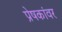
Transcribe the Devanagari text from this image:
प्रेषकांवर